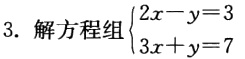
3. 解方程组\(\begin{cases}2x - y = 3 \\3x + y = 7\end{cases}\)